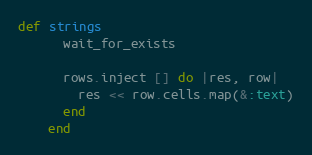
Language: Ruby
def strings
      wait_for_exists

      rows.inject [] do |res, row|
        res << row.cells.map(&:text)
      end
    end